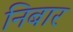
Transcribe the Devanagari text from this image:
निबार